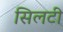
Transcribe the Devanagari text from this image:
सिलटी